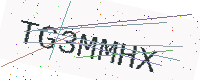
Text: TG3MMHX